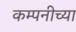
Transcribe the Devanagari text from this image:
कम्पनीच्या